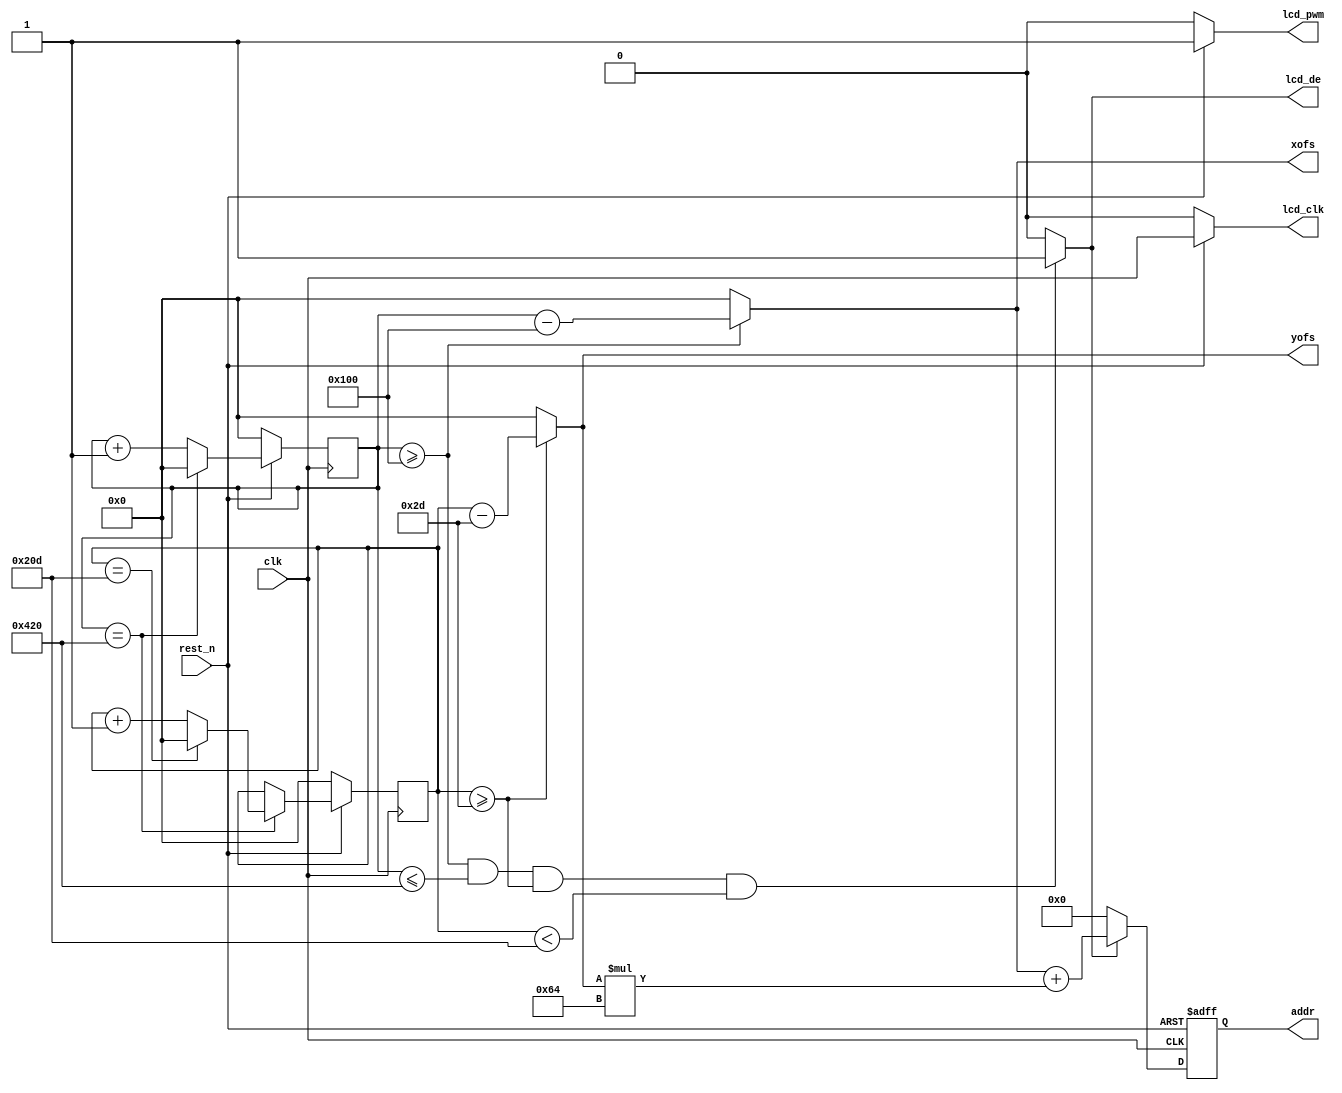

module lcd_sync
  #(
    //display image at pos
    parameter IMG_W = 100,  // LCD Width
    parameter IMG_H = 100  // LCD Height
    )
   (
    input wire 	       clk, // source LCD clock
    input wire 	       rest_n, // reset
    // 
    output wire        lcd_clk, // out LCD clock
    output wire        lcd_pwm, // out LCD backlight
    output wire        lcd_de, // LCD DE = SYNC
    output wire [10:0] xofs,
    output wire [10:0] yofs,
    output wire [15:0] addr
    );
   
   // 800*480
   localparam TFT_H = 800;  // Width
   localparam TFT_V = 480;  // Height
   
   localparam thb = 256;
   localparam th = TFT_H + thb; // 1056 + thb;

   localparam tvb = 45;
   localparam tv = TFT_V + tvb; // 525 + tvb;
   // 
   
   reg [10:0] 	       counter_hs;
   reg [10:0] 	       counter_vs;

   always@ (posedge clk) begin
      if (rest_n == 1'b0) begin
	 counter_hs <= 0;
	 counter_vs <= 0;
      end else begin
	 if (counter_hs == th) begin
	    if (counter_vs == tv)
	      counter_vs <= 0;
	    else
	      counter_vs <= counter_vs + 1;
	    counter_hs <= 0;
	 end
	 else
	   counter_hs <= counter_hs + 1;
      end	
   end

   assign lcd_clk = (rest_n == 1) ? clk : 1'b0;
   assign lcd_pwm = (rest_n == 1) ? 1'b1 : 1'b0;
   assign lcd_de = (counter_hs >= thb && counter_hs <= th && counter_vs >= tvb  && counter_vs < tv) ? 1 : 0;
   assign xofs = (counter_hs >= thb)? counter_hs - thb: 0;
   assign yofs = (counter_vs >= tvb)? counter_vs - tvb: 0;

   reg [15:0] read_addr; 
   assign addr = read_addr;
   
   always@(posedge clk or negedge rest_n)
     begin
        if (!rest_n)
          read_addr <= 16'd0;
        else if (lcd_de) // img_ack)
          read_addr <= xofs + yofs * IMG_W;
        else
          read_addr <= 16'd0;  
     end
   
endmodule